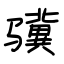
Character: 骥